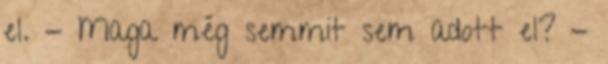
el. - Maga még semmit sem adott el? -